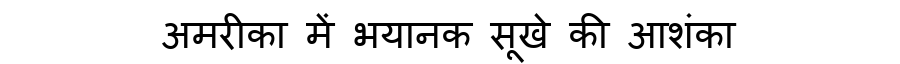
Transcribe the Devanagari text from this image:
अमरीका में भयानक सूखे की आशंका